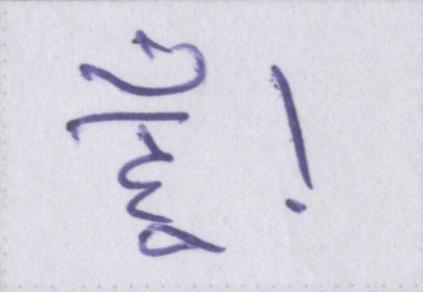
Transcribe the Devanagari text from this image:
हूँ।